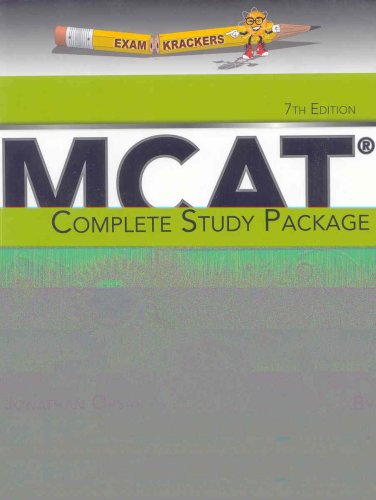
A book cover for Examkrackers Complete MCAT Study Pkg: 5 Book Package; Jonathan Orsay; Test Preparation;